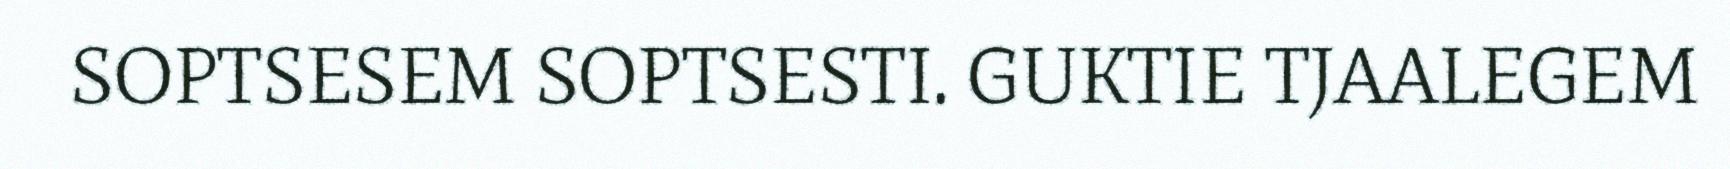
SOPTSESEM SOPTSESTI. GUKTIE TJAALEGEM